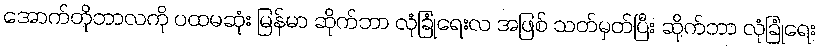
အောက်တိုဘာလကို ပထမဆုံး မြန်မာ ဆိုက်ဘာ လုံခြုံရေးလ အဖြစ် သတ်မှတ်ပြီး ဆိုက်ဘာ လုံခြုံရေး